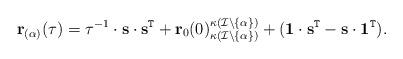
LaTeX: \begin{align*} \mathbf{r}_{(\alpha)}(\tau)=\tau^{-1}\cdot\mathbf{s}\cdot\mathbf{s}^{\mathtt{T}}+\mathbf{r}_{0}(0)_{\kappa\left(\mathcal{I}\setminus\{\alpha\}\right)}^{\kappa\left(\mathcal{I}\setminus\{\alpha\}\right)}+(\mathbf{1}\cdot\mathbf{s}^{\mathtt{T}}-\mathbf{s}\cdot\mathbf{1}^{\mathtt{T}}).\end{align*}